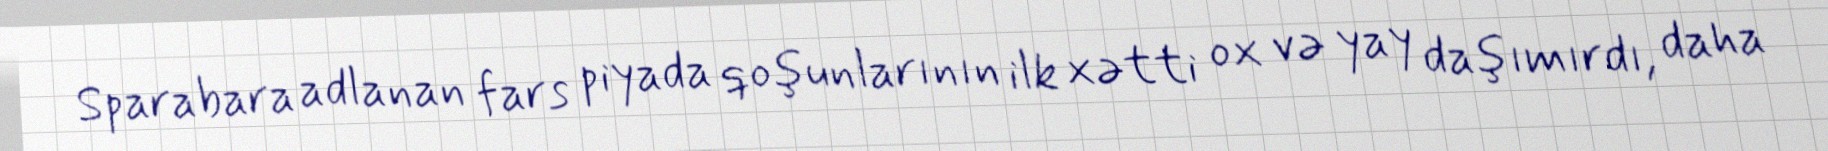
Sparabara adlanan fars piyada qoşunlarının ilk xətti ox və yay daşımırdı, daha